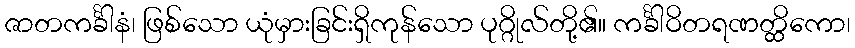
ဇာတကင်္ခါနံ၊ ဖြစ်သော ယုံမှားခြင်းရှိကုန်သော ပုဂ္ဂိုလ်တို့၏။ ကင်္ခါဝိတရဏတ္ထိကော၊